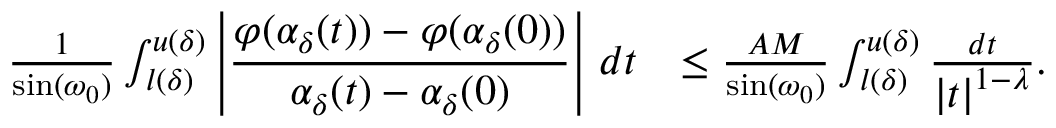
\begin{array} { r l } { \frac { 1 } { \sin ( \omega _ { 0 } ) } \int _ { l ( \delta ) } ^ { u ( \delta ) } \displaystyle \left\lvert \frac { \varphi ( \alpha _ { \delta } ( t ) ) - \varphi ( \alpha _ { \delta } ( 0 ) ) } { \alpha _ { \delta } ( t ) - \alpha _ { \delta } ( 0 ) } \right\rvert \, d t } & { \leq \frac { A M } { \sin ( \omega _ { 0 } ) } \int _ { l ( \delta ) } ^ { u ( \delta ) } \frac { d t } { \displaystyle \left\lvert t \right\rvert ^ { 1 - \lambda } } . } \end{array}